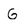
Character: g